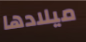
ميلادها